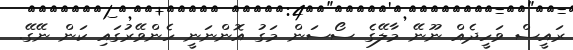
ރައީސް ވަހީދެއް ނޫނޭ މާލޭގެ ސޯސަން މަގު އޮންނަނީ ހެންވޭރުގައި ކަން ނޭގޭ.